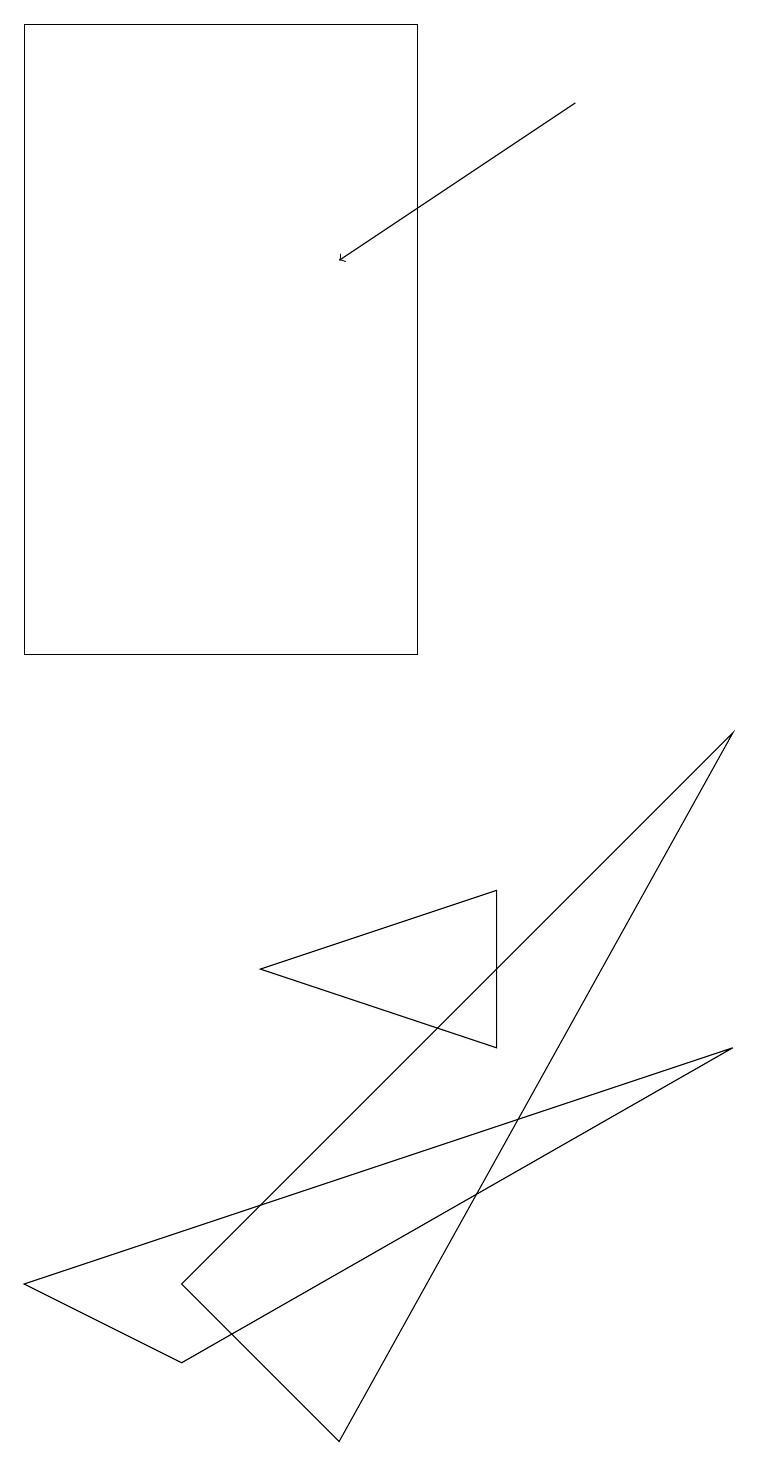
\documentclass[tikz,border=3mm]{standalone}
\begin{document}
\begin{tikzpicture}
\draw (9,9) -- (4,0) -- (2,2) -- cycle;
\draw (3,6) -- (6,7) -- (6,5) -- cycle;
\draw[->] (7,17) -- (4,15);
\draw (9,5) -- (0,2) -- (2,1) -- cycle;
\draw (0,10) rectangle (5,18);
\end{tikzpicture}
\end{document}